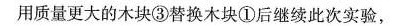
用质量更大的木块③替换木块①后继续此次实验，